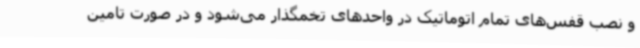
و نصب قفس‌های تمام اتوماتیک در واحدهای تخمگذار می‌شود و در صورت تامین